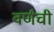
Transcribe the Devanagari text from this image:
वर्णंची